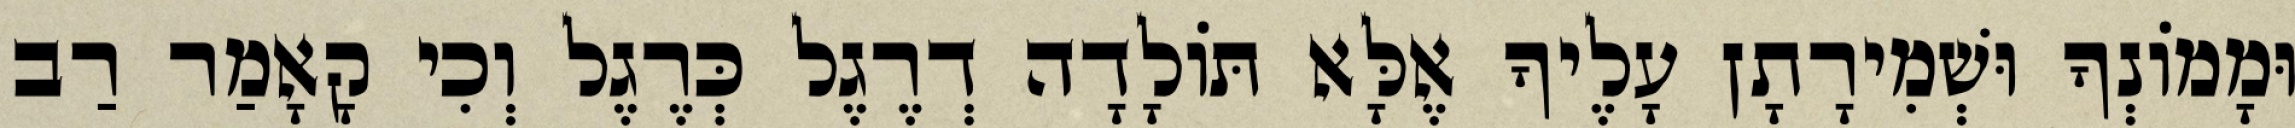
וּמָמוֹנְךָ וּשְׁמִירָתָן עָלֶיךָ אֶלָּא תּוֹלָדָה דְרֶגֶל כְּרֶגֶל וְכִי קָאָמַר רַב